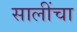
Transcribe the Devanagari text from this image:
सालींचा